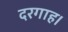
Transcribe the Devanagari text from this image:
दरगाह।